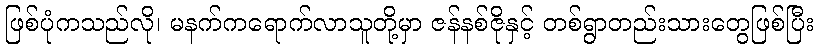
ဖြစ်ပုံကသည်လို၊ မနက်ကရောက်လာသူတို့မှာ ဇန်နစ်ဇိုနှင့် တစ်ရွာတည်းသားတွေဖြစ်ပြီး